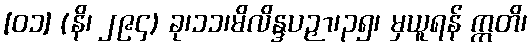
[၀၁] (နိ၊ ၂၉၄) ခု၊၁၁၊မိလိန္ဒပဉှာ၊၃၅၊ မှယူရန် ဣတိ၊